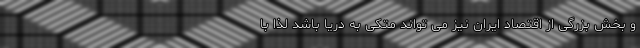
و بخش بزرگی از اقتصاد ایران نیز می تواند متکی به دریا باشد لذا با